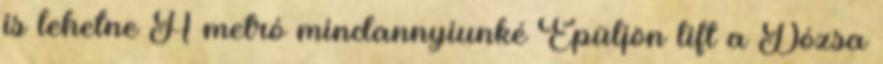
is lehetne A metró mindannyiunké Épüljön lift a Dózsa